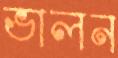
ভালন